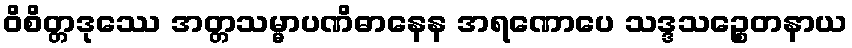
ဝိစိတ္တဒုဿေ အတ္တသမ္မာပဏိဓာနေန အရဏောပေ သဒ္ဒသဉ္စေတနာယ